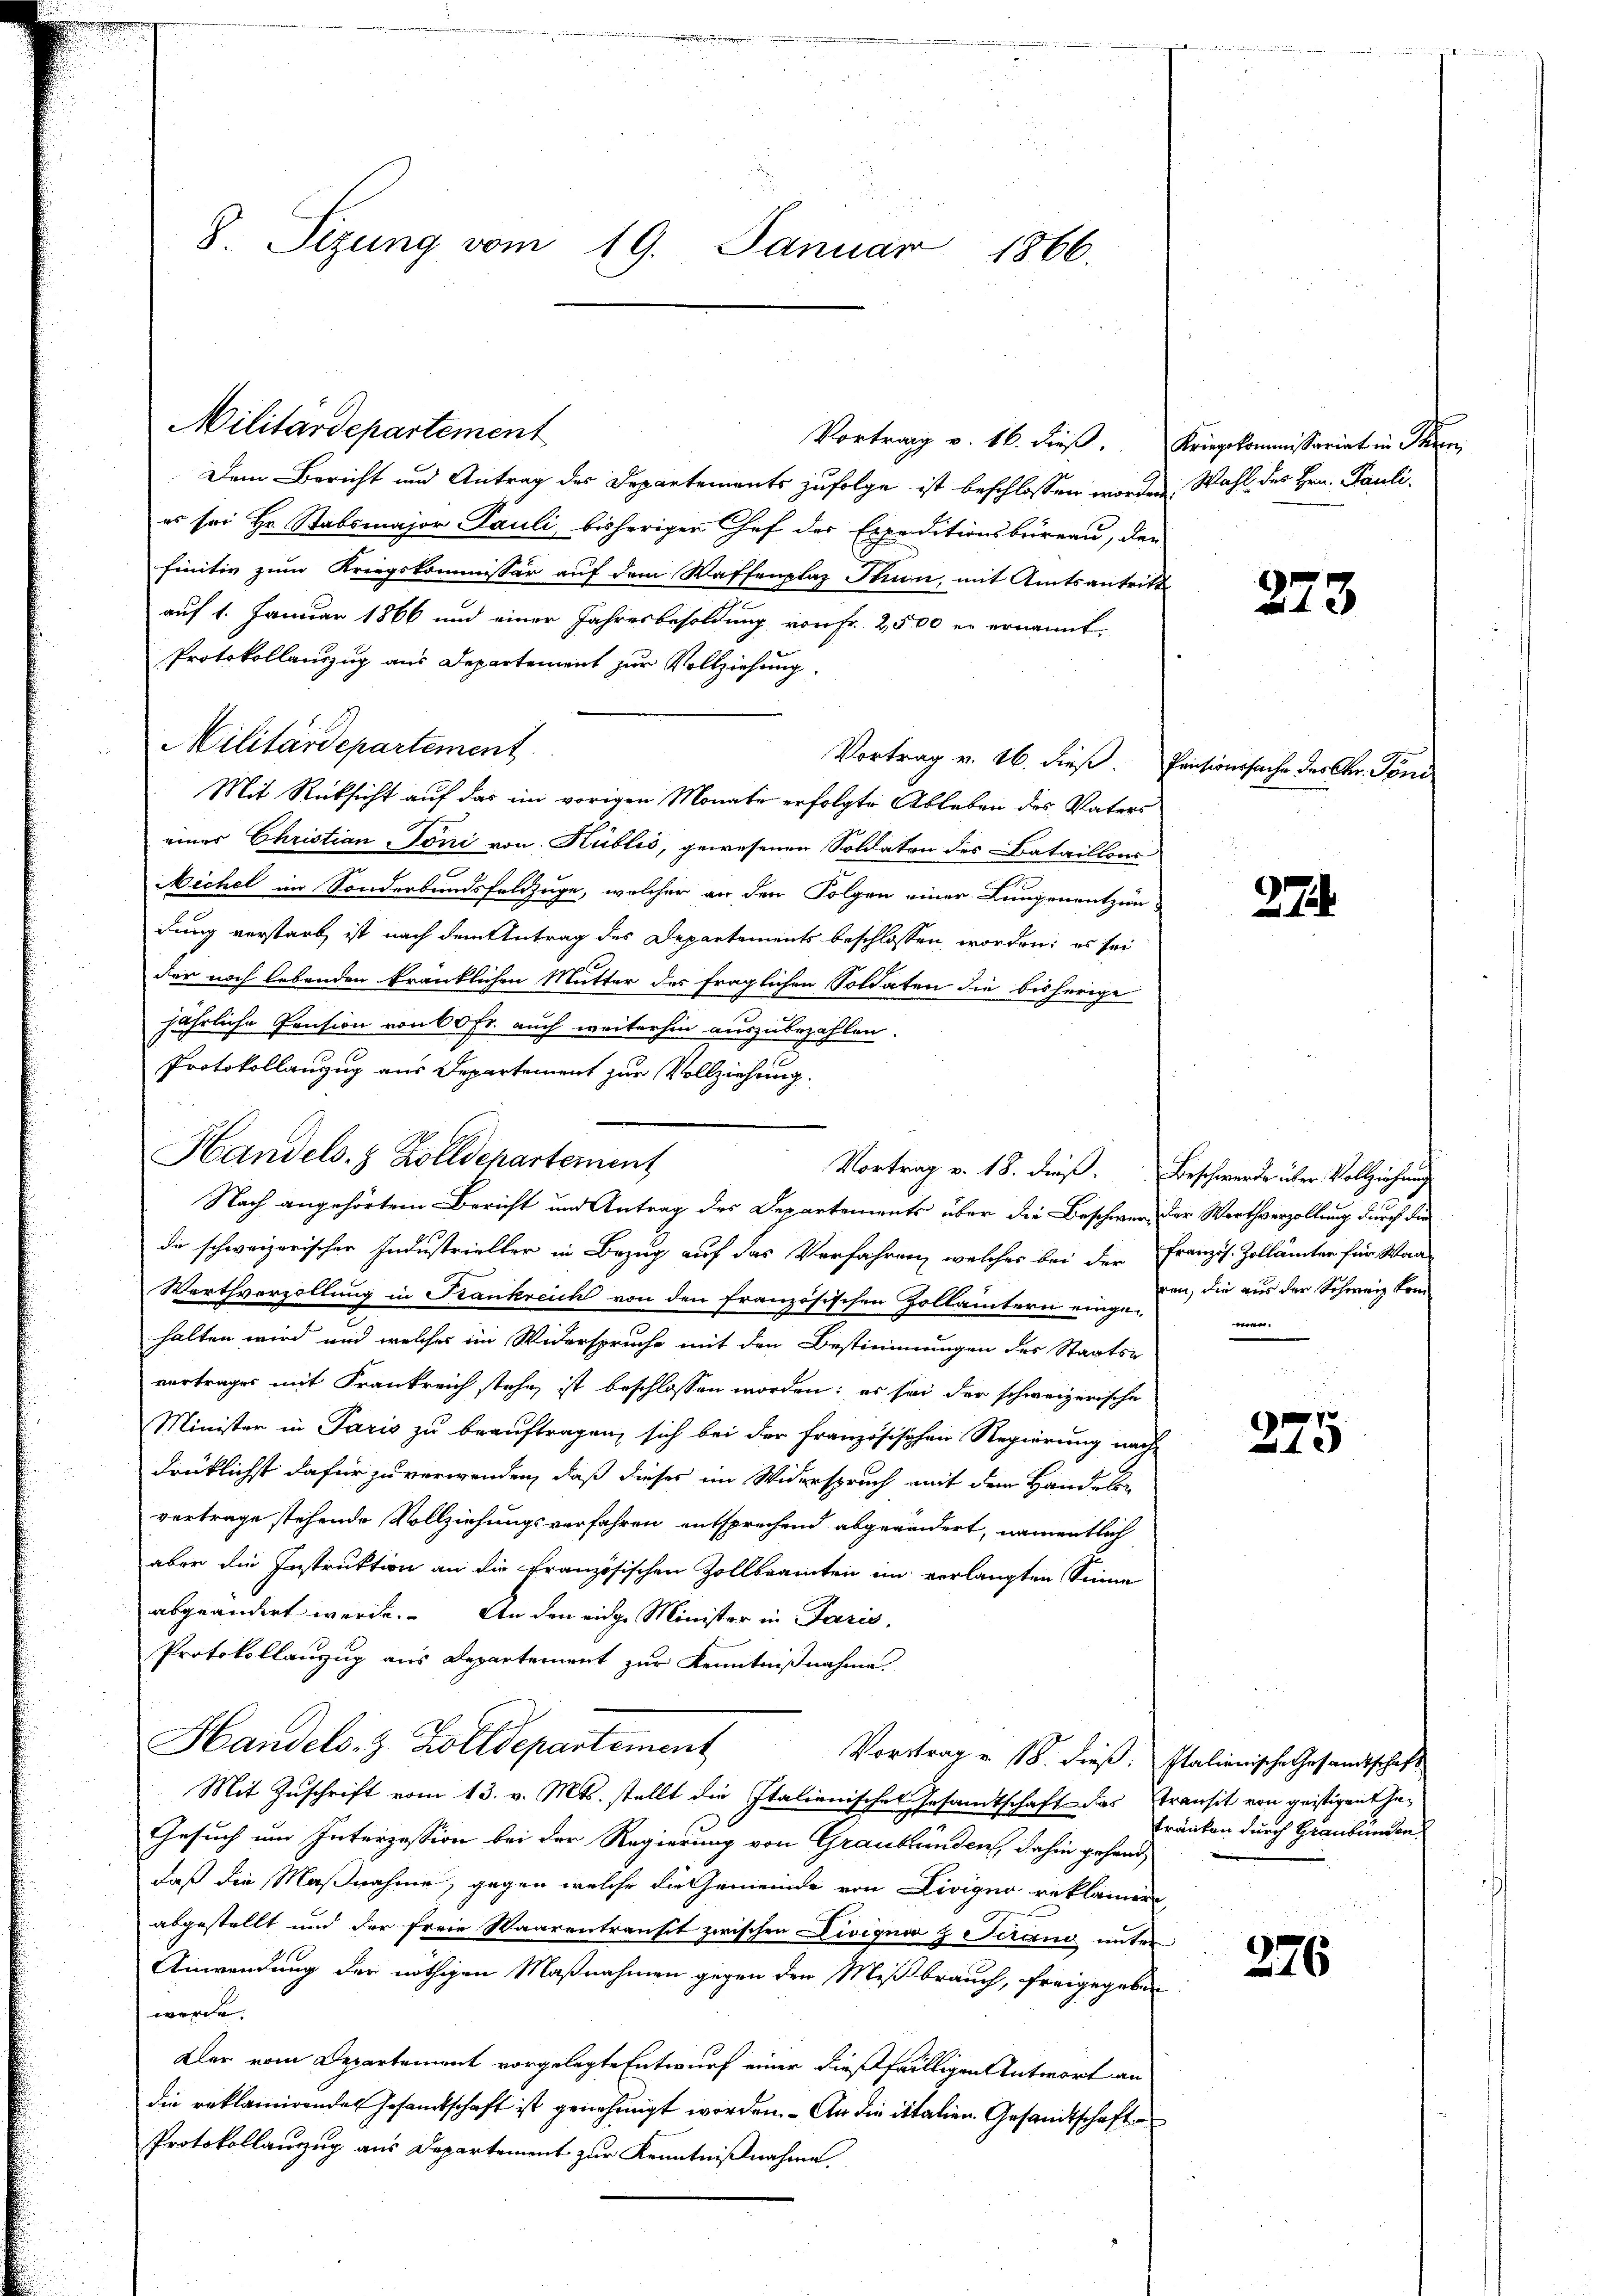
8. Seizung vom 19. Januar 1866.

Dem Bericht und Antrag des Departements zufolge ist beschlossen worden, Wahl des Hrn. Pauli.
es sei Hr. Stabsmajor Pauli, bisherigen Chef der Expeditionsbüreau, den
finitiv zum Kriegskommissär auf dem Waffenplaz Thun, mit Amtsantritt
auf 1. Januar 1866 und einer Jahresbesoldung von Fr. 2,500 er ernannt.
Protokollauszug aus Departement zur Vollziehung.
Militärdepartement
Vortrag v. 26. dieß.
Mit Rücksicht auf das im vorigen Monate erfolgte Ableben des Vaters
eines Christian Jöni von Hüblić, gewesenen Soldaten des Bataillons
Nichel im Sonderbandsfeldzüge, welcher an den Folgen einer Lungenentzie-
dung verstarb ist nach dem Antrag des Departements beschlossen worden; es sei
der noch lebenden kränklichen Mutter des fraglichen Soldaten die bisherige
jährliche Pension von 60 Fr. auch weiterhin auszubezahlen.
Protokollanzug aus Departement zur Vollziehung.
Nach angehörtem Bericht und Antrag des Departements über die Beschwer, der Werthverzollung durch die
da schweizerischer Industrieller in Bezug auf das Verfahren, welches bei der Franzis. Zollämter für Wan-
Werthvorzollung in Krankreich von den französischen Zollämtern eingehalten wird und welches im Widerspruche mit den Bestimmungen des Staats-
vertrages mit Frankreich stehe, ist beschlossen worden; es sei der schweizerische
Minister in Paris zu beauftragen, sich bei der Französischen Regierung nach-
drüklichst dafür zu verwenden, daß dieses im Widerspruch mit dem Handelsvertrage stehende Vollziehungsverfahren entsprechend abgeändert, namentlich
aber die Instruktion an die Französischen Zollbeamten im verlangten Sinne
abgeändert werde. An den eidge Minister in Paris,
Protokollanzug aus Departement zur Kenntnißnahme.
Handels- & Zolldepartement
Vortrag v. 18. dieß: Italienische Gesamtschaft
Mit Zuschrift vom 13. v. Mts. stellt die Italienisches Gesamtschaft das Transit von geistigen Ge¬
Gesuch um Interzession bei der Regierung von Graubünden, dahin gehanddaß die Maßnahme, gegen welche die Gemeinde von Livigno reklamer
abgestellt und der freie Waarentransit zwischen Divignor & Serand unter
Anwendung der nöthigen Maßnahmen gegen den Mißbrauch, freigegeben
werde.
Der vom Departement vorgelegte Entwurf einer dießfälligen Antwort an
die reklamirendes Gesamtschaft ist genehmigt worden. - An die italien Gesandtschaft
Protokollanzug aus Departement zur Kenntnißnahme.

Militärdepartement

Handels- & Zolldepartement
Vortrag v. 18. dieß. Beschwerde über Vollziehung

Vortrag v. 16. dieß,

Kriegskommissariat in Stern,

Pensionssache des Chr. Poni

273.

27.

ren, die aus der Schweiz komwen.

275

tränken durch Graubünden

276